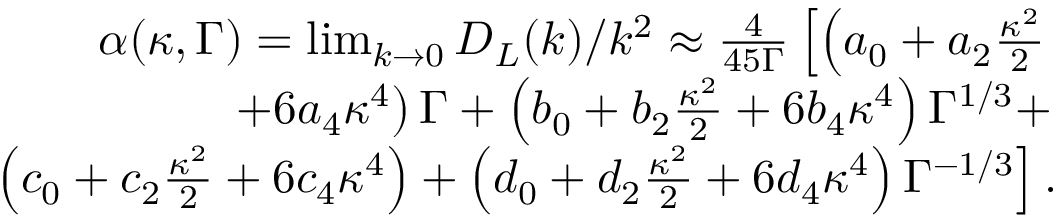
\begin{array} { r } { \alpha ( \kappa , \Gamma ) = \operatorname* { l i m } _ { k \to 0 } D _ { L } ( k ) / k ^ { 2 } \approx \frac { 4 } { 4 5 \Gamma } \left[ \left( a _ { 0 } + a _ { 2 } \frac { \kappa ^ { 2 } } { 2 } \right. \right. } \\ { \left. \left. + 6 a _ { 4 } \kappa ^ { 4 } \right) \Gamma + \left( b _ { 0 } + b _ { 2 } \frac { \kappa ^ { 2 } } { 2 } + 6 b _ { 4 } \kappa ^ { 4 } \right) \Gamma ^ { 1 / 3 } + \right. } \\ { \left. \left( c _ { 0 } + c _ { 2 } \frac { \kappa ^ { 2 } } { 2 } + 6 c _ { 4 } \kappa ^ { 4 } \right) + \left( d _ { 0 } + d _ { 2 } \frac { \kappa ^ { 2 } } { 2 } + 6 d _ { 4 } \kappa ^ { 4 } \right) \Gamma ^ { - 1 / 3 } \right] . } \end{array}